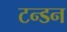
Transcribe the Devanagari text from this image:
टन्डन